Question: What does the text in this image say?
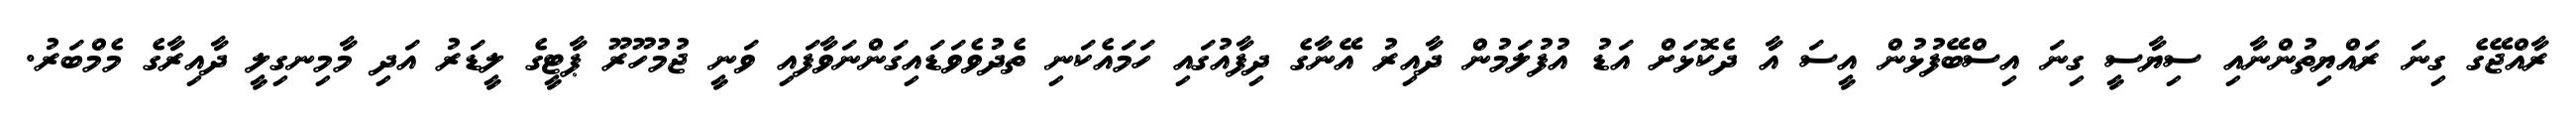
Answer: ރާއްޖޭގެ ގިނަ ރައްޔިތުންނާއި ސިޔާސީ ގިނަ އިސްބޭފުޅުން އީސަ އާ ދެކޮޅަށް އަޑު އުފުލަމުން ދާއިރު އޭނާގެ ދިފާއުގައި ހަމައެކަނި ތެދުވެވަޑައިގަންނަވާފައި ވަނީ ޖުމުހޫރޫ ޕާޓީގެ ލީޑަރު އަދި މާމިނގިލީ ދާއިރާގެ މެމްބަރު.